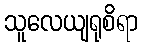
သူလေယျရုစိရာ